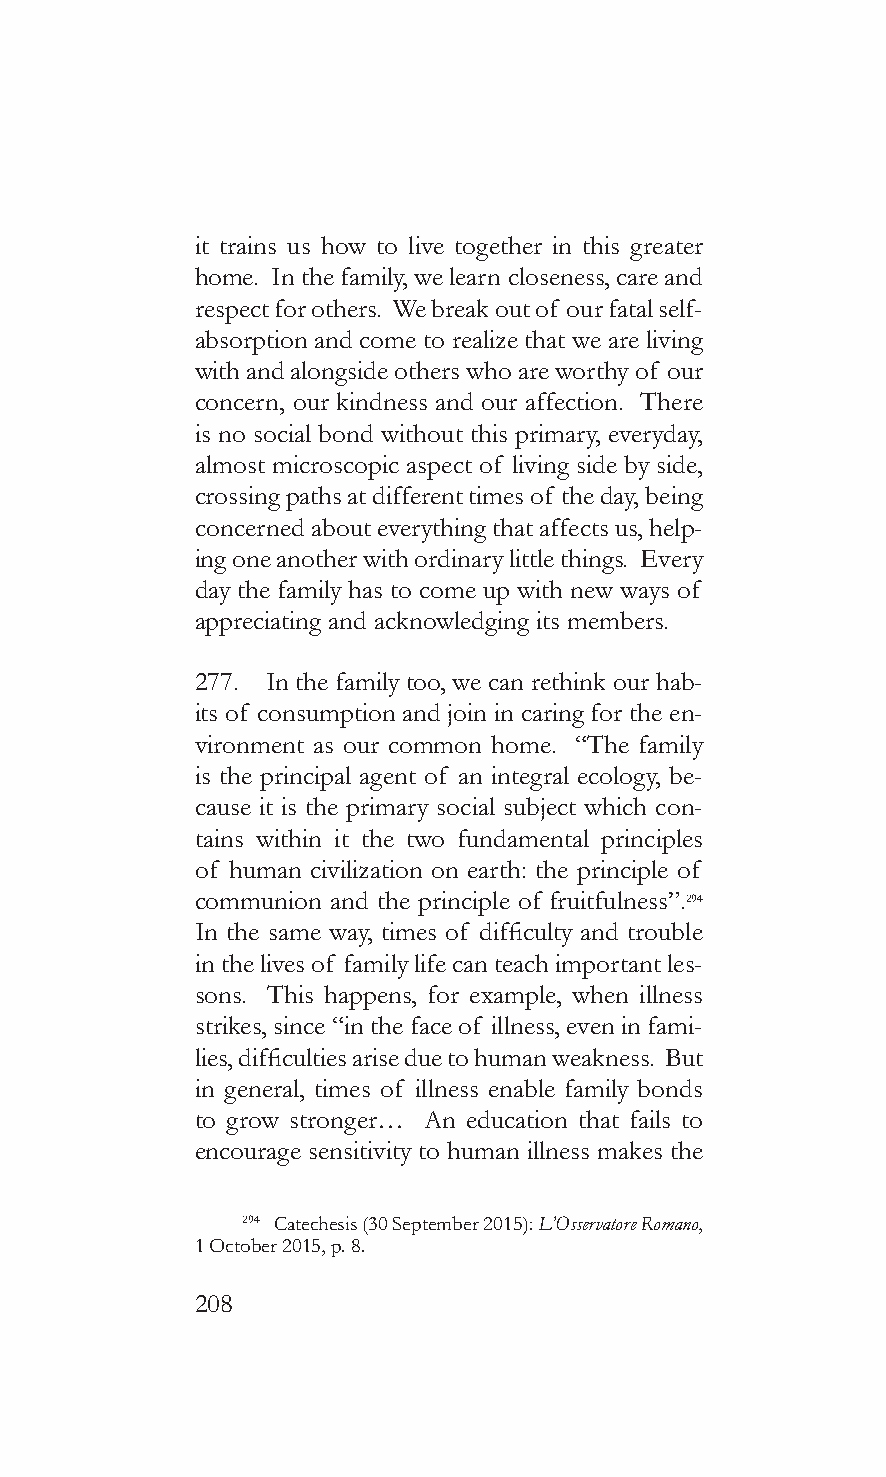
it trains us how to live together in this greater
 home. In the family, we learn closeness, care and
 respect for others. We break out of our fatal self-
 absorption and come to realize that we are living
 with and alongside others who are worthy of our
 concern, our kindness and our affection. There
 is no social bond without this primary, everyday,
 almost microscopic aspect of living side by side,
 crossing paths at different times of the day, being
 concerned about everything that affects us, help-
 ing one another with ordinary little things. Every
 day the family has to come up with new ways of
 appreciating and acknowledging its members.
 277. In the family too, we can rethink our hab-
 its of consumption and join in caring for the en-
 vironment as our common home. “The family
 is the principal agent of an integral ecology, be-
 cause it is the primary social subject which con-
 tains within it the two fundamental principles
 of human civilization on earth: the principle of
 communion and the principle of fruitfulness”.294
 In the same way, times of difficulty and trouble
 in the lives of family life can teach important les-
 sons. This happens, for example, when illness
 strikes, since “in the face of illness, even in fami-
 lies, difficulties arise due to human weakness. But
 in general, times of illness enable family bonds
 to grow stronger… An education that fails to
 encourage sensitivity to human illness makes the
 294 Catechesis (30 September 2015): L’Osservatore Romano,
 1 October 2015, p. 8.
 208